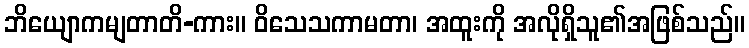
ဘိယျောကမျတာတိ-ကား။ ဝိသေသကာမတာ၊ အထူးကို အလိုရှိသူ၏အဖြစ်သည်။